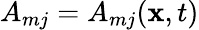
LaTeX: A_{mj}=A_{mj}(\mathbf{x},t)